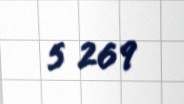
5 269